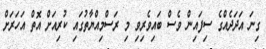
ގިނަ އަދަދެއްގެ ސިފައިން ވެސް ބައިވެރިވި މި ރަސްމިއްޔާތުގައި ކުރިއަށް އޮތް އަހަރަށް